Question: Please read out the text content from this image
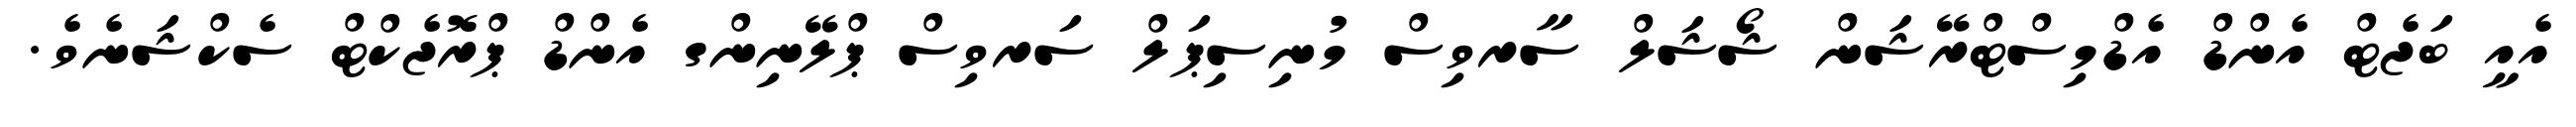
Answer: އެއީ ބަޖެޓް އެންޑް އެޑްމިސްޓްރޭޝަން ޝޯޝަލް ސާރވިސް މުނިސިޕަލް ސަރވިސް ޕްލޭނިންގ އެންޑް ޕްރޮޖެކްޓް ސެކްޝަނެވެ.